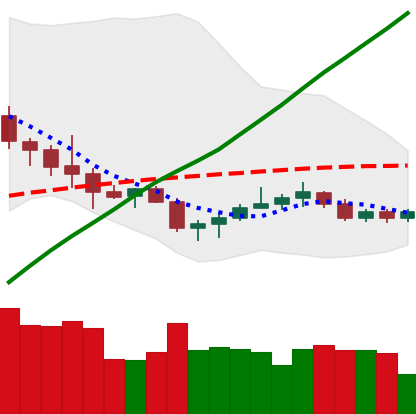
Ticker: NEO-USD
Chart end date: 2020-10-17
Forward return: 8.008%
Label: up_7plus